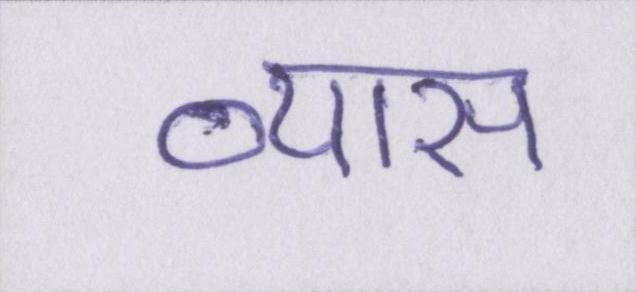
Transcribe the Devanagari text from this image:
व्यास